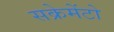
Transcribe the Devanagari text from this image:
सक्रेमेंटो